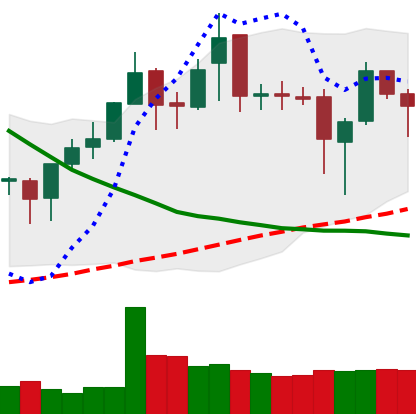
Ticker: XMR-USD
Chart end date: 2019-03-29
Forward return: 22.855%
Label: up_7plus